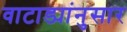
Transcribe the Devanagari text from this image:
वाटाड्यांनुसार